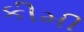
કીમી